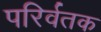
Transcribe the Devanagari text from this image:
परिर्वतक